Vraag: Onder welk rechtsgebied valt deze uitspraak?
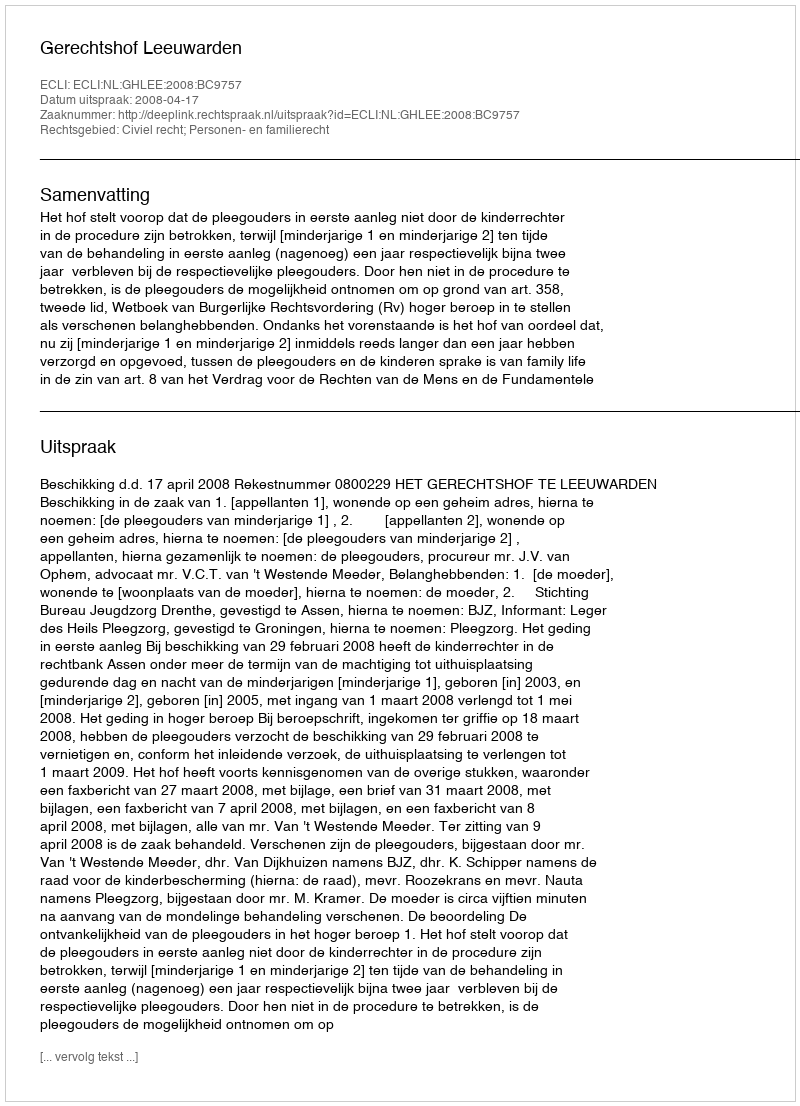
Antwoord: Civiel recht; Personen- en familierecht